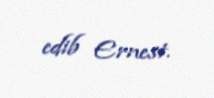
edib Ernest.